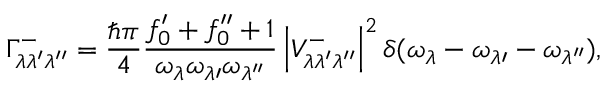
\Gamma _ { \lambda \lambda ^ { \prime } \lambda ^ { \prime \prime } } ^ { - } = \frac { \hbar \pi } { 4 } \frac { f _ { 0 } ^ { \prime } + f _ { 0 } ^ { \prime \prime } + 1 } { \omega _ { \lambda } \omega _ { \lambda \prime } \omega _ { \lambda ^ { \prime \prime } } } \left| V _ { \lambda \lambda ^ { \prime } \lambda ^ { \prime \prime } } ^ { - } \right| ^ { 2 } \delta ( \omega _ { \lambda } - \omega _ { \lambda \prime } - \omega _ { \lambda ^ { \prime \prime } } ) ,